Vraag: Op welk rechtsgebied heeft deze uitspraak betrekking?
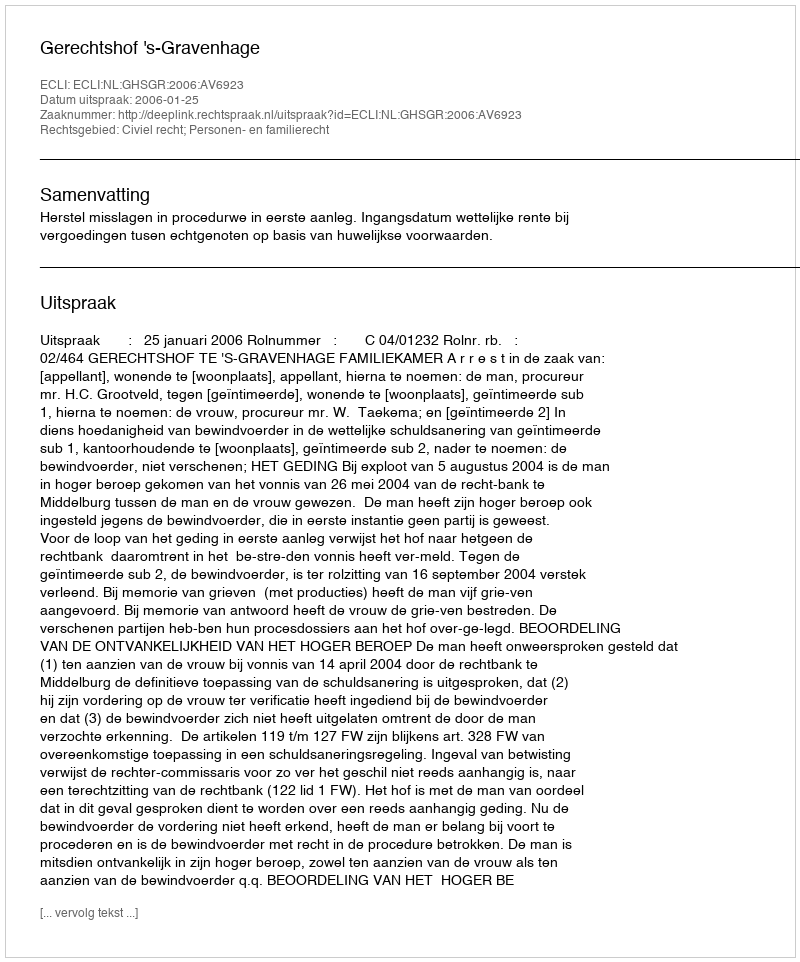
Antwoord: Civiel recht; Personen- en familierecht